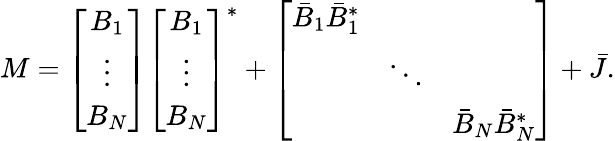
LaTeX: \begin{array}{r}{M=\left[\begin{array}{c}{B_{1}}\\ {\vdots}\\ {B_{N}}\end{array}\right]\left[\begin{array}{c}{B_{1}}\\ {\vdots}\\ {B_{N}}\end{array}\right]^{*}+\left[\begin{array}{ccc}{\bar{B}_{1}\bar{B}_{1}^{*}}&&\\ &{\ddots}&\\ &&{\bar{B}_{N}\bar{B}_{N}^{*}}\end{array}\right]+\bar{J}.}\end{array}